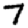
Digit: 7